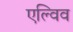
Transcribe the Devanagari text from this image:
एल्विव